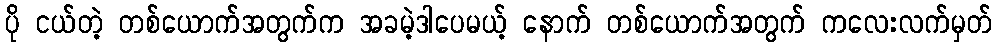
ပို ငယ်တဲ့ တစ်ယောက်အတွက်က အခမဲ့ဒါပေမယ့် နောက် တစ်ယောက်အတွက် ကလေးလက်မှတ်